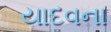
યાદવના